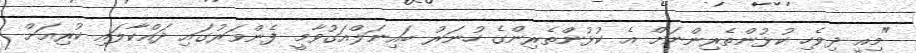
"މިއީ ދިވެހި ކުޅުންތެރިންނަށް އެ ކުޅުންތެރިންގެ ހުނަރު ބައިނަލްއަގުވާމީ ފެންވަރުގައި ދައްކާލައި ކުރިއަށްް